NAE_EAOK_eestikeelsed_sunnimeetrikad, lk 4
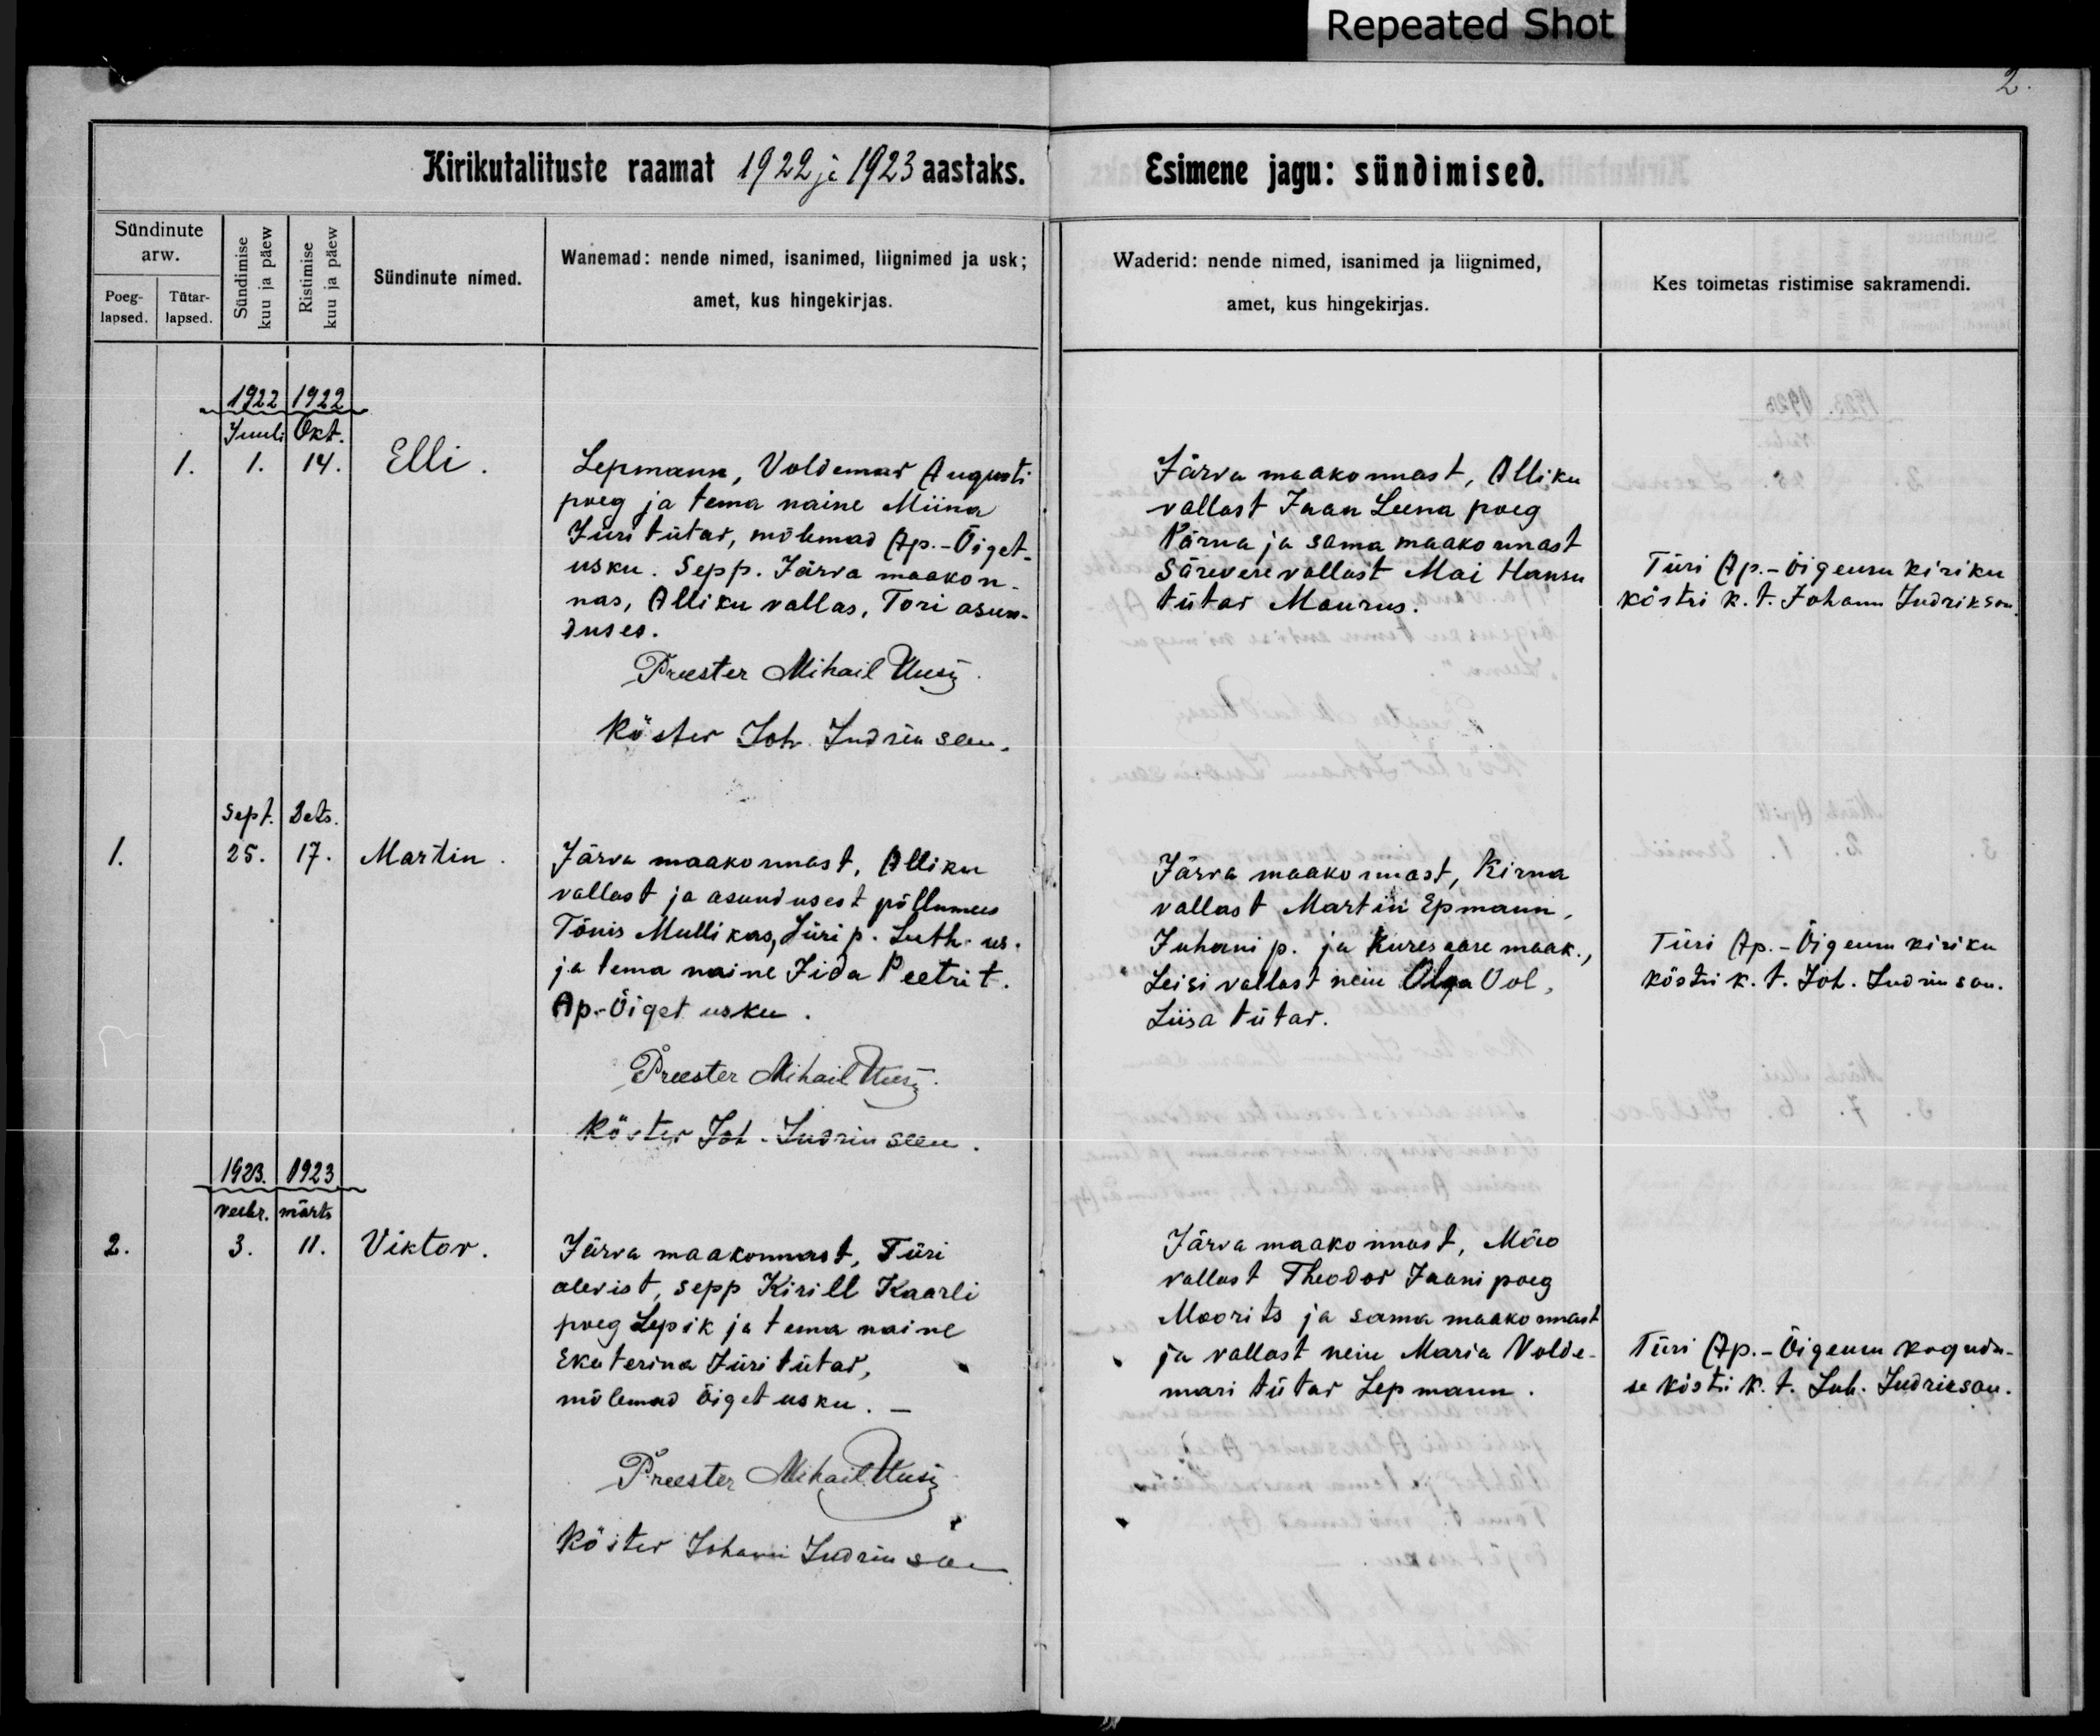
Elli

Martin

Viktor

Lepmann, Voldemar Augusti
poeg ja tema naine Miina
Juri tütar, mõlemad Ap.-Õiget-
usku. Sepp. Järva maakon-
nas, Alliku vallas, Tori asun-
duses.

Järva maakonnast, Alliku
vallast ja asundusest põllumees
Tõnis Mullikas, Jüri p. Luth. us.
ja tema naine Iida Peetri t.
Ap.-Õiget usku.

Järva maakonnast, Türi
alevist, sepp Kirill Kaarli
poeg Lepik ja tema naine
Ekaterina Jüri tütar,
mõlemad Õiget usku.